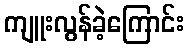
ကျူးလွန်ခဲ့ကြောင်း